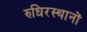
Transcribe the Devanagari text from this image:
रुधिरस्थानों